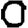
Digit: 0